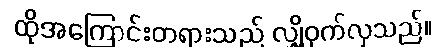
ထိုအကြောင်းတရားသည် လျှို့ဝှက်လှသည်။